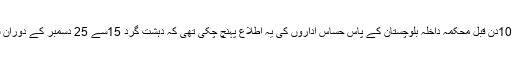
دہشت گرد کیا چاہتے ہیں، ان کے مقاصد کیا ہیں اور یہ کہ کیا لگ بھگ 10دن قبل محکمہ داخلہ بلوچستان کے پاس حساس اداروں کی یہ اطلاع پہنچ چکی تھی کہ دہشت گرد 15سے 25 دسمبر کے دوران شہر میں بعض حساس عمارات اور عبادت گاہوں کو نشانہ بنا سکتے ہیں؟